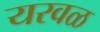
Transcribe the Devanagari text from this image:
यरवळ